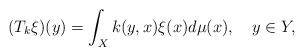
LaTeX: \begin{align*}(T_k\xi)(y)=\int_X k(y,x)\xi(x) d\mu(x), \ \ \ y\in Y,\end{align*}